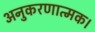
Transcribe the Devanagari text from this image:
अनुकरणात्मक।